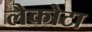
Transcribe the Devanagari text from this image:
लैकोटा